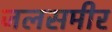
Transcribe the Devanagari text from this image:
जलसमीर